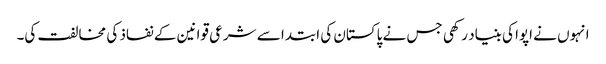
انہوں نے اپوا کی بنیاد رکھی جس نے پاکستان کی ابتدا سے شرعی قوانین کے نفاذ کی مخالفت کی۔